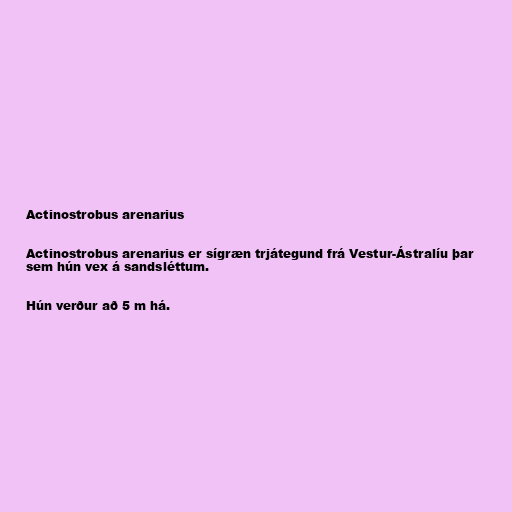
Actinostrobus arenarius

Actinostrobus arenarius er sígræn trjátegund frá Vestur-Ástralíu þar
sem hún vex á sandsléttum.

Hún verður að 5 m há.